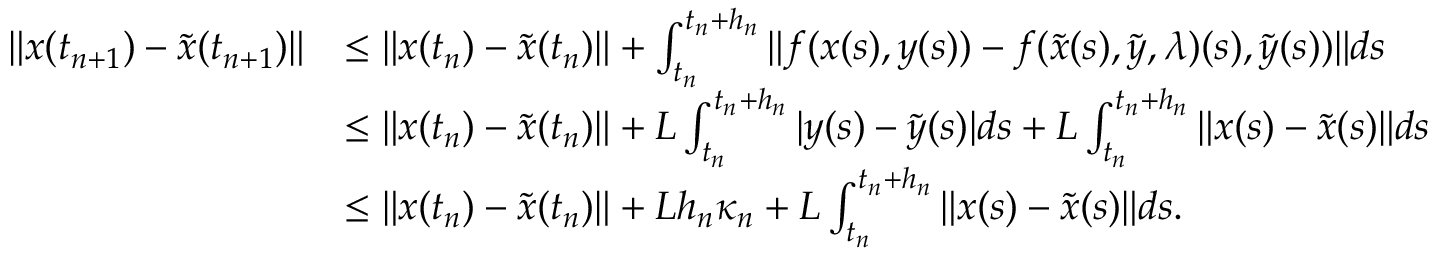
\begin{array} { r l } { \| x ( t _ { n + 1 } ) - \tilde { x } ( t _ { n + 1 } ) \| } & { \le \| x ( t _ { n } ) - \tilde { x } ( t _ { n } ) \| + \int _ { t _ { n } } ^ { t _ { n } + h _ { n } } \| f ( x ( s ) , y ( s ) ) - f ( \tilde { x } ( s ) , \tilde { y } , \lambda ) ( s ) , \tilde { y } ( s ) ) \| d s } \\ & { \le \| x ( t _ { n } ) - \tilde { x } ( t _ { n } ) \| + L \int _ { t _ { n } } ^ { t _ { n } + h _ { n } } | y ( s ) - \tilde { y } ( s ) | d s + L \int _ { t _ { n } } ^ { t _ { n } + h _ { n } } \| x ( s ) - \tilde { x } ( s ) \| d s } \\ & { \le \| x ( t _ { n } ) - \tilde { x } ( t _ { n } ) \| + L h _ { n } \kappa _ { n } + L \int _ { t _ { n } } ^ { t _ { n } + h _ { n } } \| x ( s ) - \tilde { x } ( s ) \| d s . } \end{array}